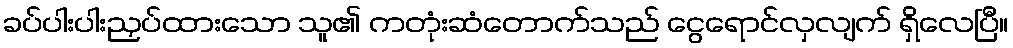
ခပ်ပါးပါးညှပ်ထားသော သူ၏ ကတုံးဆံတောက်သည် ငွေရောင်လှလျက် ရှိလေပြီ။